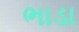
ભાડા